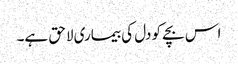
اس بچے کو دل کی بیماری لاحق ہے۔